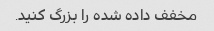
مخفف داده شده را بزرگ کنید.